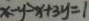
x - y - x + 3 y = 1